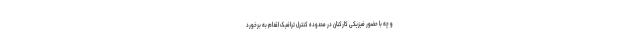
و چه با حضور فیزیکی کارکنان در محدوده کنترل ترافیک اقدام به برخورد